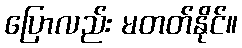
ပြောလည်း မတတ်နိုင်။